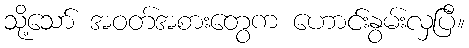
သို့သော် အဝတ်အစားတွေက ဟောင်းနွမ်းလှပြီ။